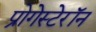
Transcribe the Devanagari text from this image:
प्रोगेस्टेरॉन